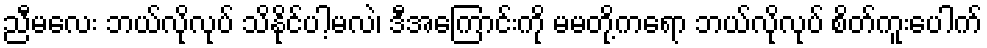
ညီမလေး ဘယ်လိုလုပ် သိနိုင်ပါ့မလဲ၊ ဒီအကြောင်းကို မမတို့ကရော ဘယ်လိုလုပ် စိတ်ကူးပေါက်